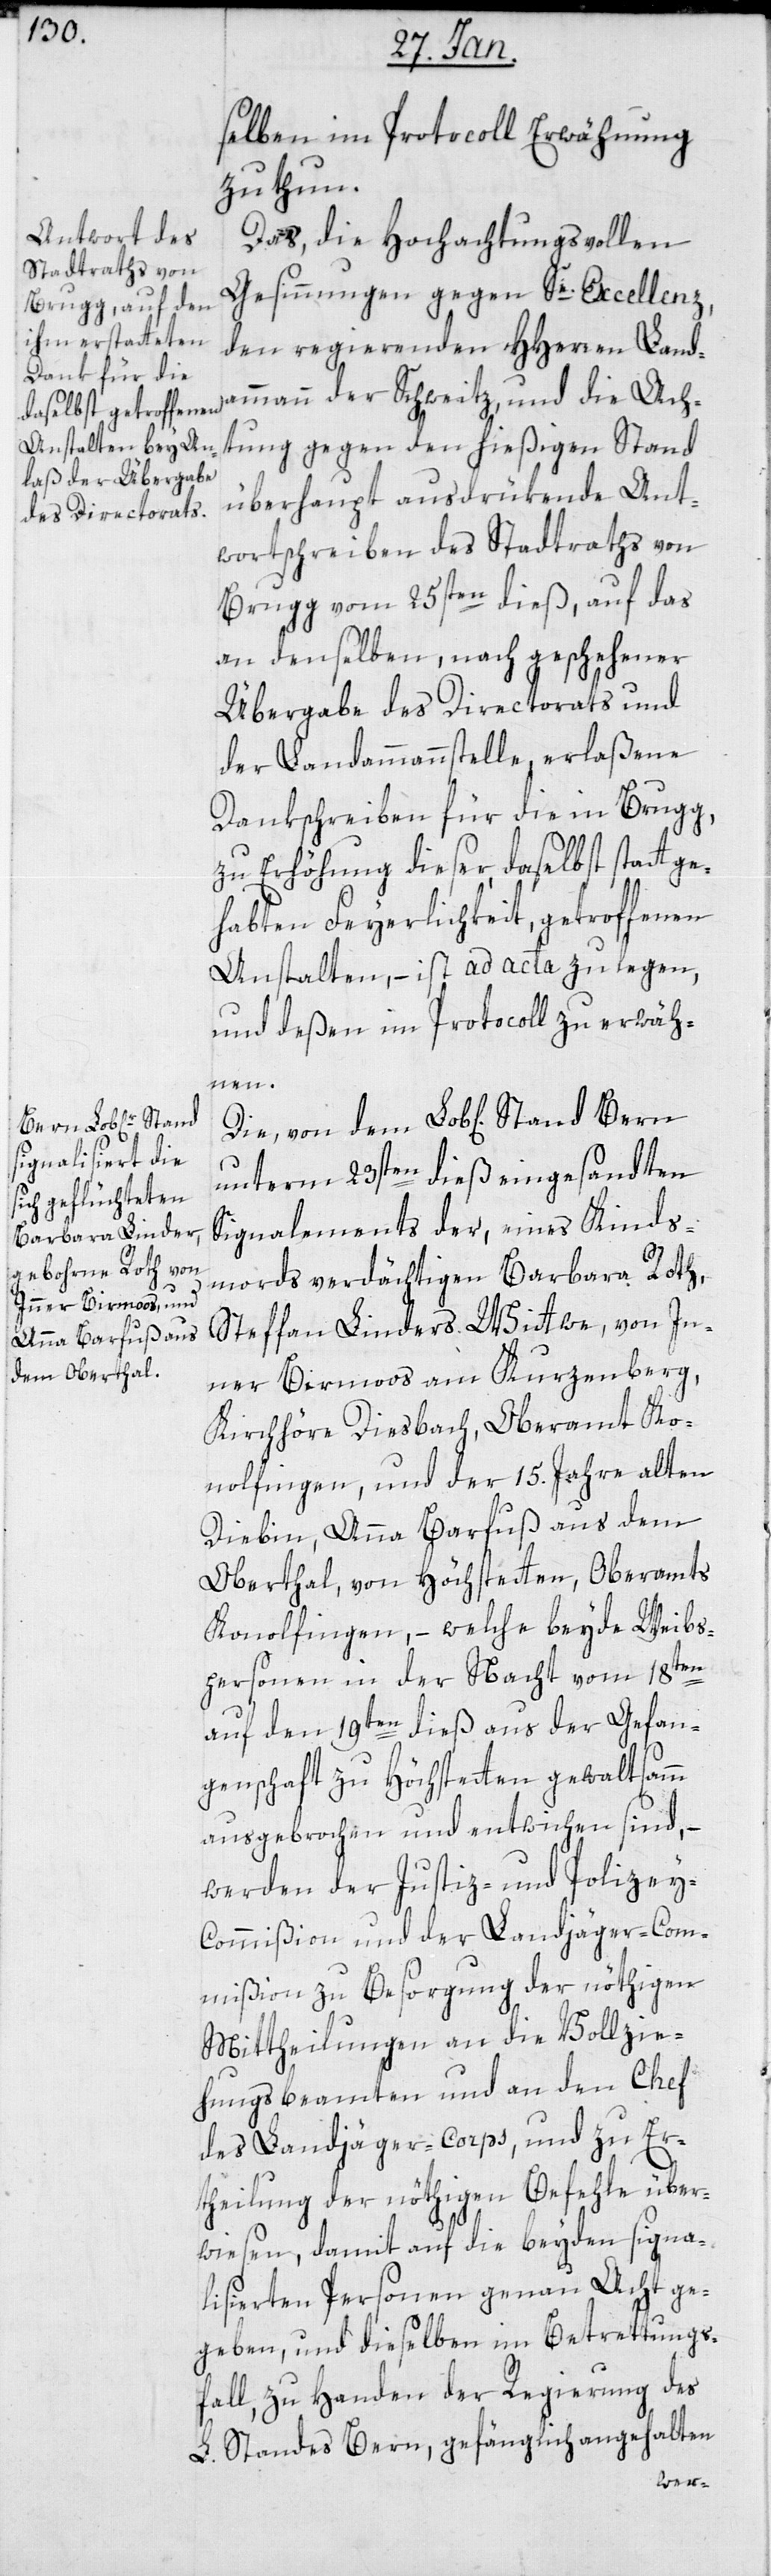
selben im Protocoll Erwähnung
zu thun.
Das die hochachtungsvollen
Gesinnungen gegen Se. Excellenz,
den regierenden HHerren Land¬
ammann der Schweitz und die Ach¬
tung gegen den hießigen Stand
überhaupt ausdrükende Ant¬
wortschreiben des Stadtraths von
Brugg vom 25sten dieß, auf das
an denselben, nach geschehener
Übergabe des Directorats und
der Landammannstelle, erlaßene
Dankschreiben für die in Brugg,
zu Erhöhung dieser, daselbst stattge¬
habten Feyerlichkeit, getroffenen
Anstalten, – ist ad acta zu legen
und deßen im Protocoll zu erwäh¬
nen.
unterm 23sten dieß eingesandten
Signalements der, eines Kinds¬
mords verdächtigen Barbara Roth,
Steffan Linders Witwe, von In¬
ner Birmoos am Kurzenberg,
Kirchhöre Diesbach, Oberamt Ko¬
nolfingen; und der 15. Jahre alten
Diebin, Anna Barfuß aus dem
Oberthal, von Höchstetten, Oberamts
Konolfingen, – welche beyde Weibs¬
personen in der Nacht vom 18ten
auf den 19ten dieß aus der Gefan¬
genschaft zu Höchstetten gewaltsamm
ausgebrochen und entwichen sind, –
werden der Justiz- und Polizey-C¬
ommißion und der Landjäger-Com¬
mißion zu Besorgung der nöthigen
Mitteilungen an die Vollzie¬
hungsbeamten und an den Chef
des Landjäger-Corps, und zu Er¬
theilung der nöthigen Befehle über¬
wiesen, damit auf die beyden signa¬
gegeben, und dieselben im Betretungs¬
fall zu Handen der Regierung des
L. Standes Bern, gefänglich angehalten
ten